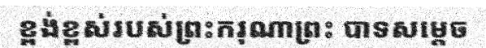
ខ្ពង់ខ្ពស់របស់ព្រះករុណាព្រះ បាទសម្តេច